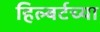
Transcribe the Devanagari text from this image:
हिल्बर्टच्या